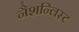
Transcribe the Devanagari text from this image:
नैशन्लिस्ट